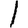
Digit: 1